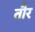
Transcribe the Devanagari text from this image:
तौर